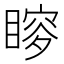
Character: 𥉡